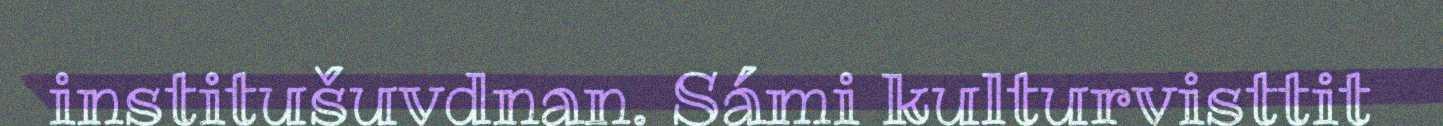
institušuvdnan. Sámi kulturvisttit